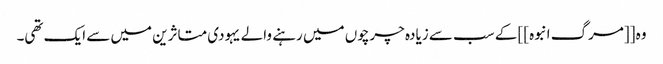
وہ [[مرگ انبوہ]] کے سب سے زیادہ چرچوں میں رہنے والے یہودی متاثرین میں سے ایک تھی۔